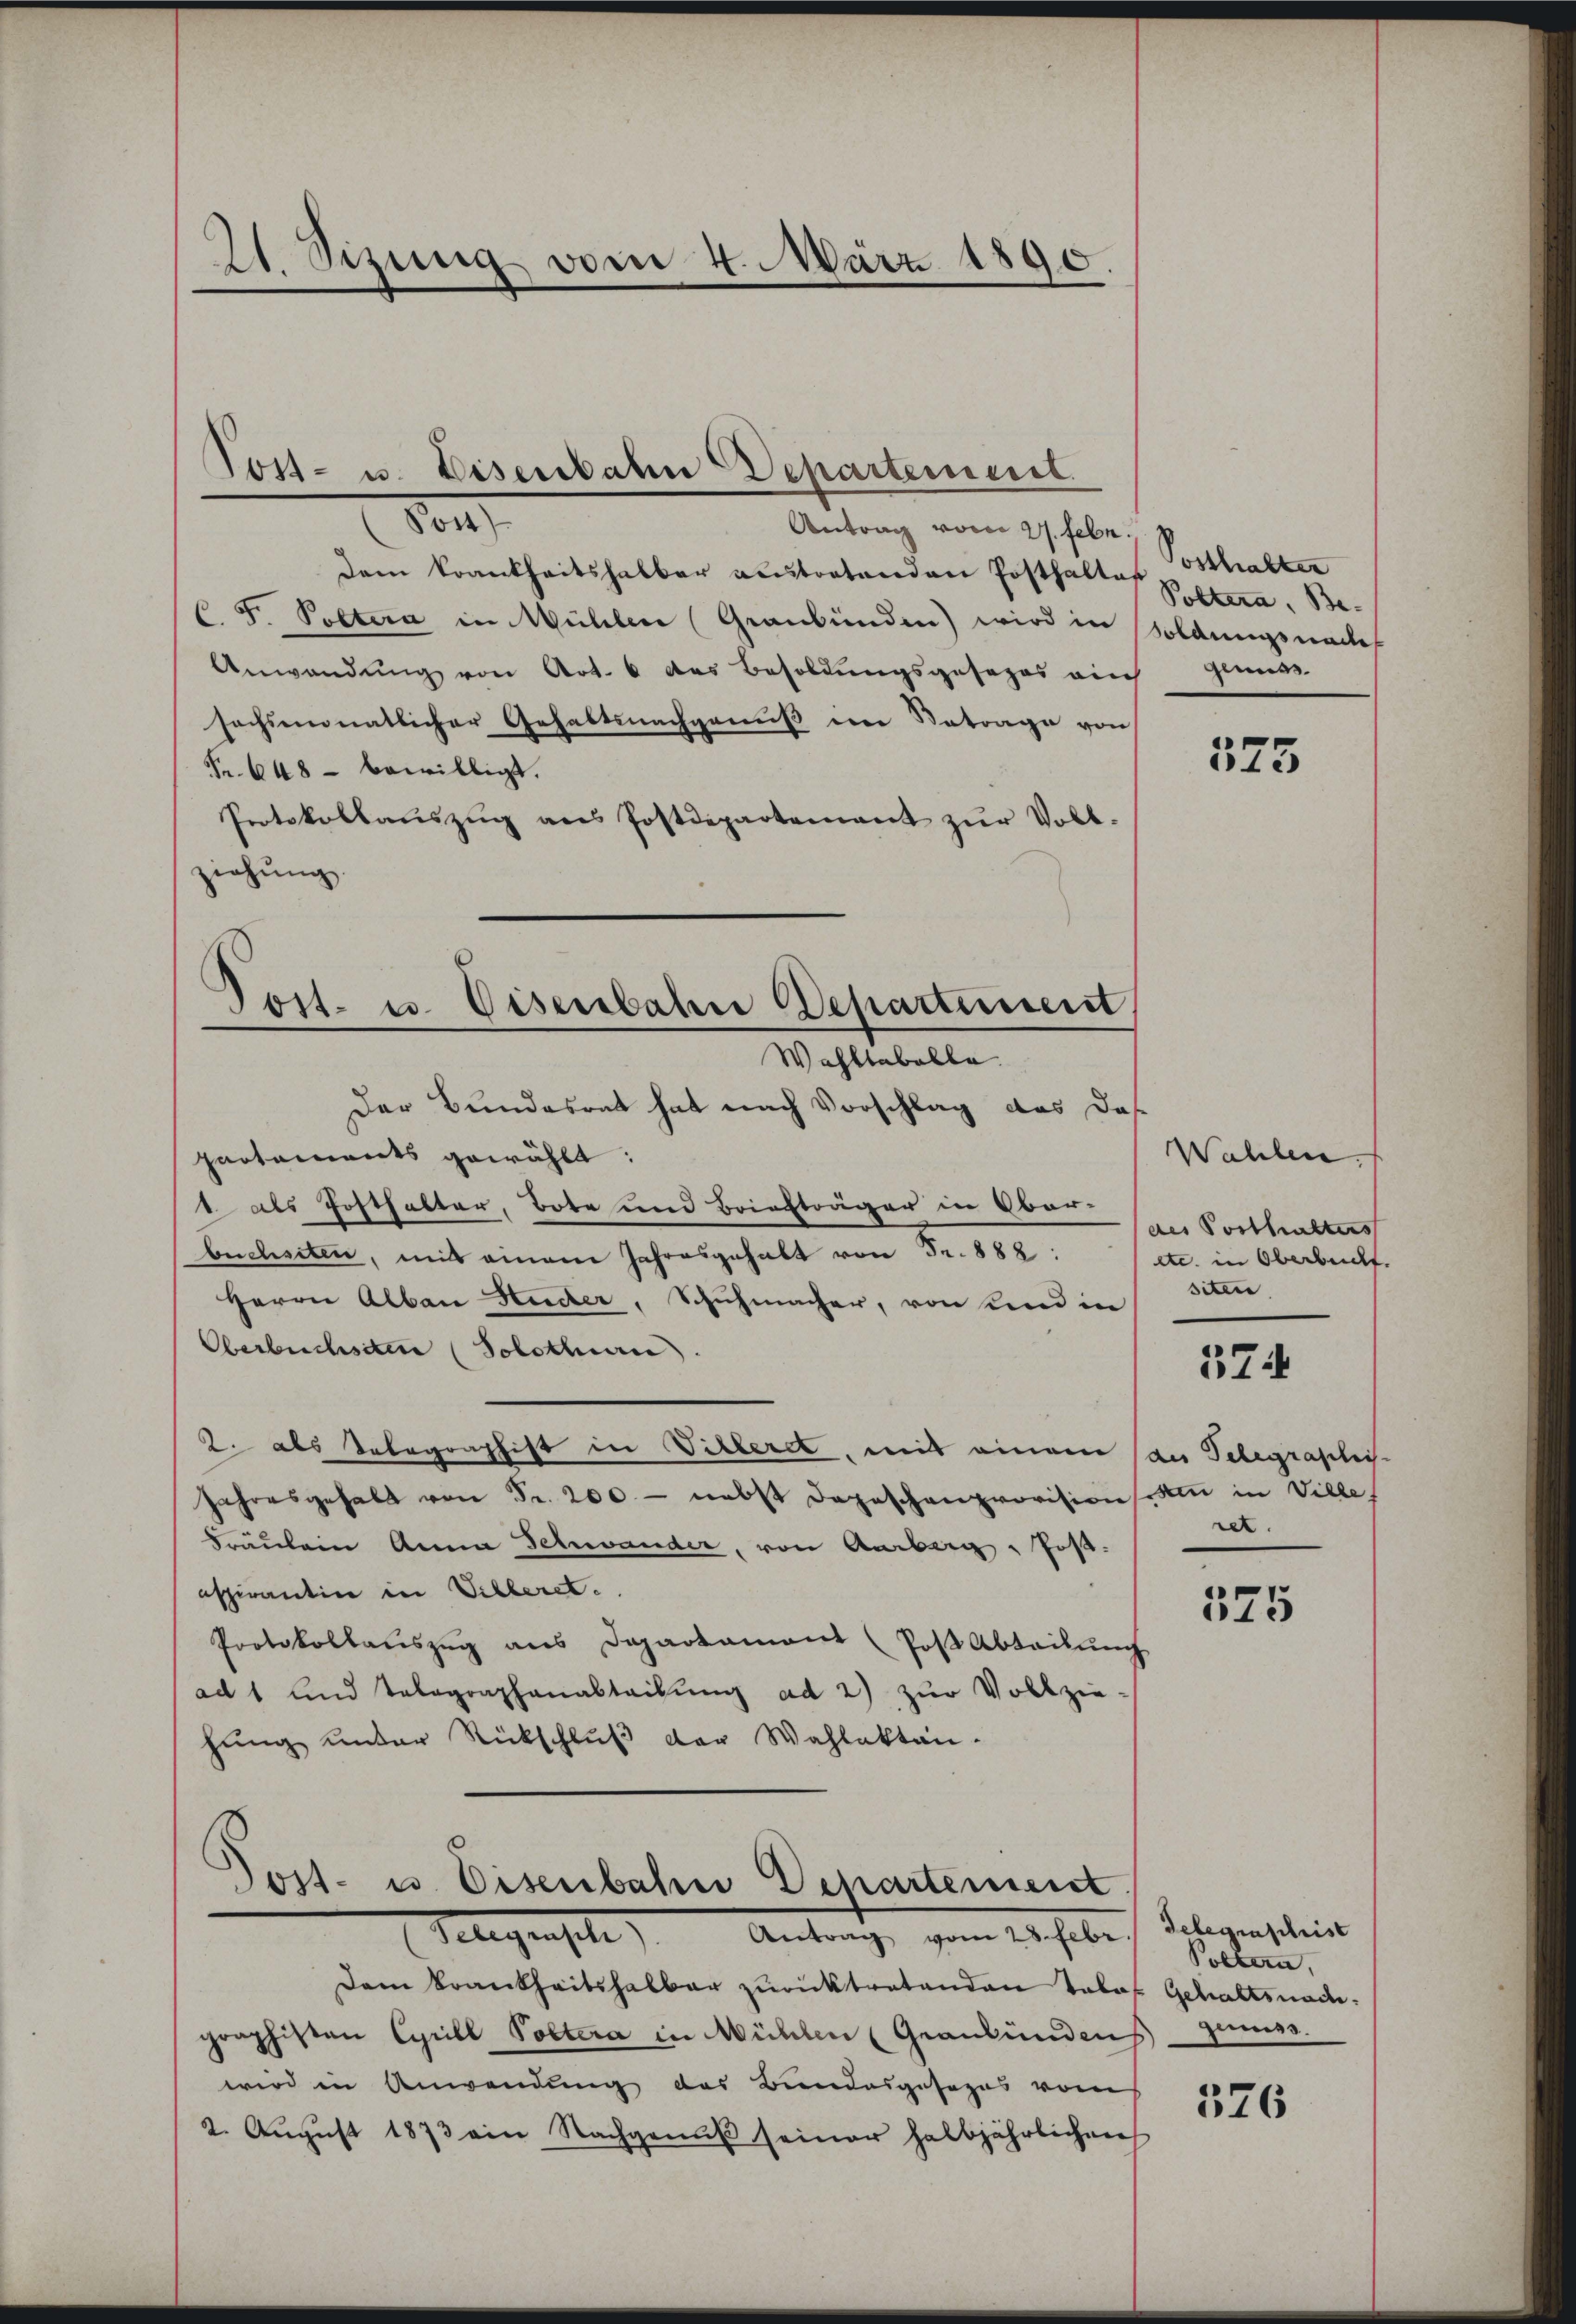
21. Sizung vom 4. März 1890.

dem Krankheitshalber austretenden Posthalter
C. F. Poltera in Mühler Graubünden) wird in
Anwendung von Art. 6 des Besoldungsgesezes ain
sechsmonatlicher Gehaltsnachgenuß im Betrage von
Fr. 648 - bewilligt.
Protokollaŭszŭg ans Postdepartement zŭr Voll-
ziehung.
Post- u. Disenbahn Departement,

Tost- u. Disenbahn Departement.
on
Antrag vom 27. Febr.

Wahltabelle.

Der Bundesrat hat nach Vorschlag das das
partements gewählt:
1 als Posthalter, Bote und Briefträger in Ober-
buchsten, mit einem Jahresgehalt von Fr. 888:
Herrn Alban Luder, Schuhmacher, von Kind in
Oberbuchsten (Solothurn.
2. als Telegraphist in Villeret, mit einem an Telegraphi-
Jahresgehalt von Fr. 200 - nebst Depeschenprovision den in Ville
Fräulein Anna Schwander, von Amberg, fest-
aspirantin in Villeret.
Protokollauszug aus Departament (Post Abteilung
ad 1 und Telegraphenabteilŭng ad 2) zŭr Vollzie-
hung unter Rückschluß der Wahlaktan¬
.

Post- u. Eisenbahn Departement
Telegensche
Antrag vom 28. Febr

Dem Brankheitshalber zurücktretenden Tale Gehaltsnachgraphisten Cyrill Poltera in Mühlen (Graubündenszins.
wird in Anwendung des Bundesgesages vom
2. August 1873 ain Nachgenuß seiner halbjährlichen

Posthalter
Poltera, Be-
soldungsnach
gemess

525

Wahlen.
des Posthalters
etc. in Oberbucht.
siten

57

ret.

575

Gelegenschrist
Poltern,

376